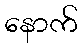
နောက်